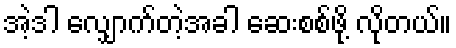
အဲ့ဒါ လျှောက်တဲ့အခါ ဆေးစစ်ဖို့ လိုတယ်။